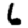
Digit: 6